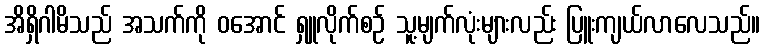
အိရှိဂါမိသည် အသက်ကို ဝအောင် ရှူလိုက်စဉ် သူ့မျက်လုံးများလည်း ပြူးကျယ်လာလေသည်။